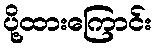
ပို့ထားကြောင်း